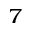
^ 7